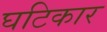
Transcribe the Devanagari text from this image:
घटिकार